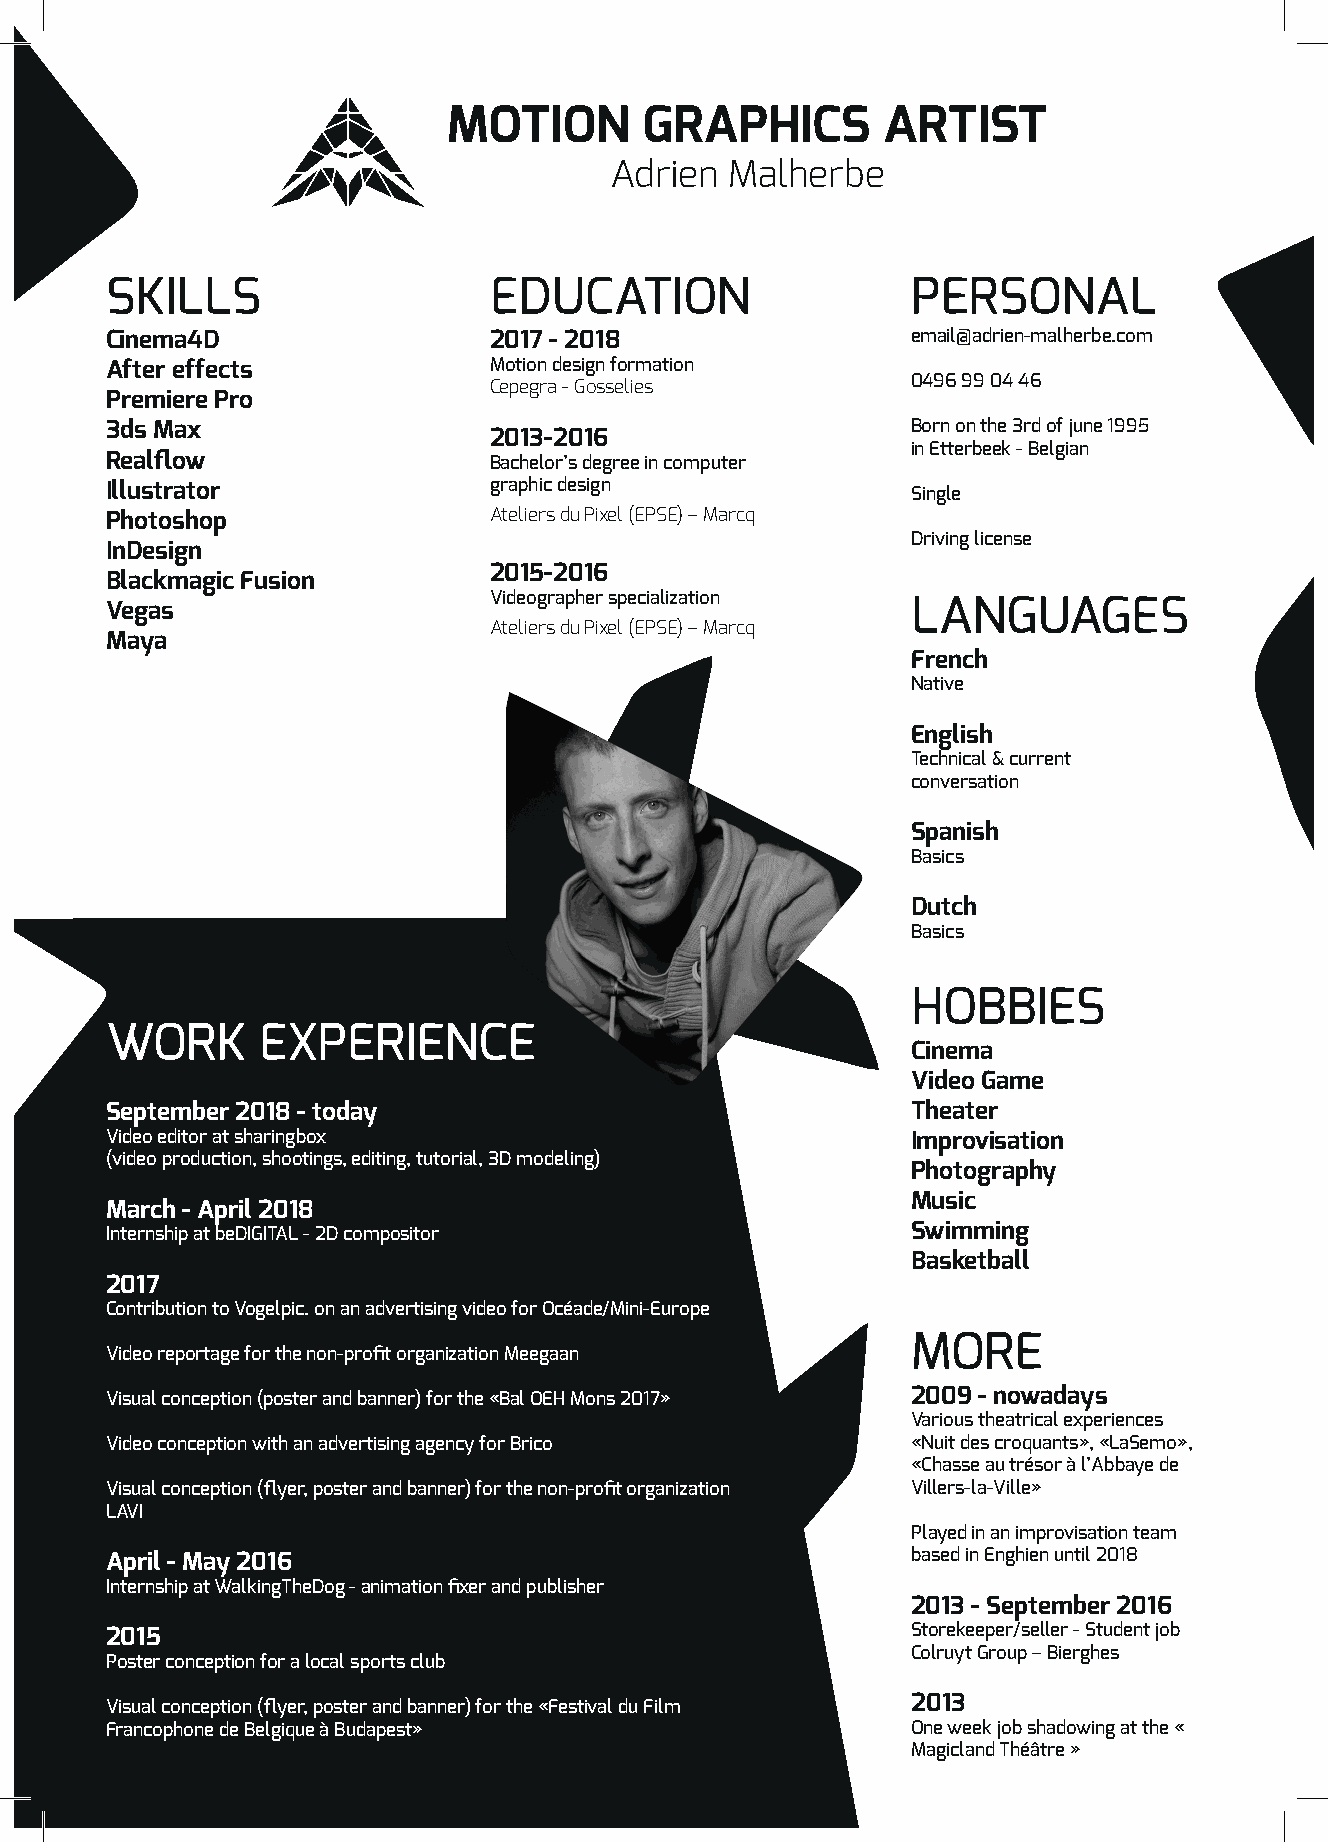
MOTION       GRAPHICS       ARTIST
 Adrien  Malherbe
 SKILLS                   EDUCATION                   PERSONAL
 Cinema4D                 2017 - 2018                 email@adrien-malherbe.com
 After effects            Motion design formation
 0496 99 04 46
 Cepegra - Gosselies
 Premiere Pro
 3ds Max                                              Born on the 3rd of june 1995
 2013-2016
 in Etterbeek - Belgian
 Realflow                 Bachelor’s degree in computer
 Illustrator              graphic design              Single
 Photoshop                Ateliers du Pixel (EPSE) – Marcq
 Driving license
 InDesign
 2015-2016
 Blackmagic Fusion
 Videographer specialization
 Vegas                                                LANGUAGES
 Ateliers du Pixel (EPSE) – Marcq
 Maya
 French
 Native
 English
 Technical & current
 conversation
 Spanish
 Basics
 Dutch
 Basics
 HOBBIES
 WORK      EXPERIENCE
 Cinema
 Video Game
 September 2018 - today                               Theater
 Video editor at sharingbox                           Improvisation
 (video production, shootings, editing, tutorial, 3D modeling)
 Photography
 Music
 March - April 2018
 Internship at beDIGITAL - 2D compositor              Swimming
 Basketball
 2017
 Contribution to Vogelpic. on an advertising video for Océade/Mini-Europe
 MORE
 Video reportage for the non-profit organization Meegaan
 Visual conception (poster and banner) for the «Bal OEH Mons 2017» 2009 - nowadays
 Various theatrical experiences
 Video conception with an advertising agency for Brico «Nuit des croquants», «LaSemo»,
 «Chasse au trésor à l’Abbaye de
 Visual conception (flyer, poster and banner) for the non-profit organization Villers-la-Ville»
 LAVI
 Played in an improvisation team
 April - May 2016                                     based in Enghien until 2018
 Internship at WalkingTheDog - animation fixer and publisher
 2013 - September 2016
 2015                                                 Storekeeper/seller - Student job
 Colruyt Group – Bierghes
 Poster conception for a local sports club
 Visual conception (flyer, poster and banner) for the «Festival du Film 2013
 Francophone de Belgique à Budapest»                  One week job shadowing at the «
 Magicland Théâtre »